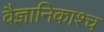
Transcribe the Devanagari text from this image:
वैज्ञानिकाश्च